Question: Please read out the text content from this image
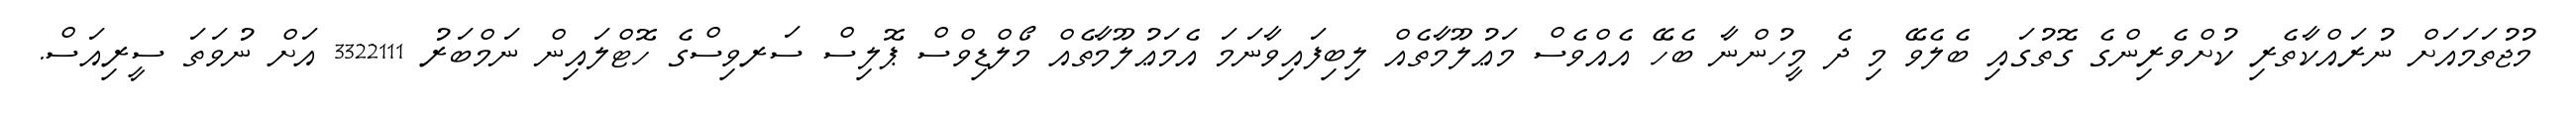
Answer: މުޖުތަމައަށް ނުރައްކާތެރި ކުށްވެރިންގެ ގޮތުގައި ބެލެވޭ މި ދެ މީހުންނާ ބެހޭ އެއްވެސް މަޢުލޫމާތެއް ލިބިފައިވާނަމަ އެމަޢުލޫމާތެއް މޯލްޑިވްސް ޕޮލިސް ސަރވިސްގެ ހޮޓްލައިން ނަމްބަރު 3322111 އަށް ނުވަތަ ސީރިއަސް.